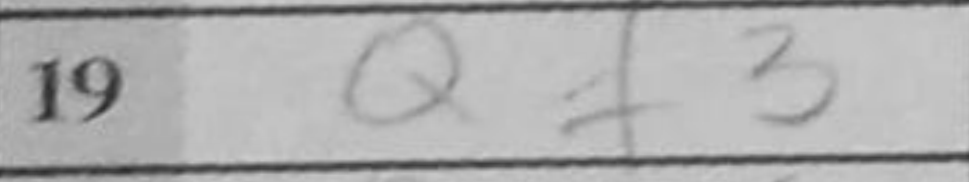
Transcription: Qf3